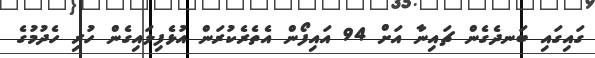
ގައިގައި ބަނދެގެން ޗައިނާ އަށް 94 އައިފޯން އެތެރެކުރަން އުޅެފިލައިގެން ހުރި ހެދުމުގެ